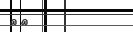
٧٢